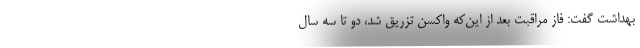
بهداشت گفت: فاز مراقبت بعد از این‌که واکسن تزریق شد، دو تا سه سال